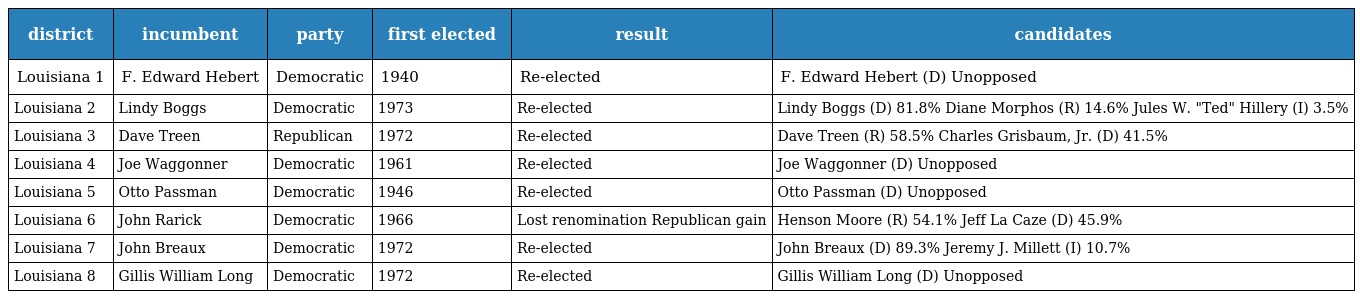
| district | incumbent | party | first elected | result | candidates |
 | --- | --- | --- | --- | --- | --- |
 | Louisiana 1 | F. Edward Hebert | Democratic | 1940 | Re-elected | F. Edward Hebert (D) Unopposed |
 | Louisiana 2 | Lindy Boggs | Democratic | 1973 | Re-elected | Lindy Boggs (D) 81.8% Diane Morphos (R) 14.6% Jules W. "Ted" Hillery (I) 3.5% |
 | Louisiana 3 | Dave Treen | Republican | 1972 | Re-elected | Dave Treen (R) 58.5% Charles Grisbaum, Jr. (D) 41.5% |
 | Louisiana 4 | Joe Waggonner | Democratic | 1961 | Re-elected | Joe Waggonner (D) Unopposed |
 | Louisiana 5 | Otto Passman | Democratic | 1946 | Re-elected | Otto Passman (D) Unopposed |
 | Louisiana 6 | John Rarick | Democratic | 1966 | Lost renomination Republican gain | Henson Moore (R) 54.1% Jeff La Caze (D) 45.9% |
 | Louisiana 7 | John Breaux | Democratic | 1972 | Re-elected | John Breaux (D) 89.3% Jeremy J. Millett (I) 10.7% |
 | Louisiana 8 | Gillis William Long | Democratic | 1972 | Re-elected | Gillis William Long (D) Unopposed |